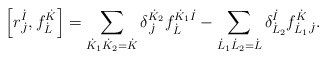
\begin{align*}\left[ r^{\dot{I}}_{\dot{J}}, f^{\dot{K}}_{\dot{L}} \right] = \sum_{\dot{K}_1 \dot{K}_2 = \dot{K}} \delta^{\dot{K}_2}_{\dot{J}} f^{\dot{K}_1 \dot{I}}_{\dot{L}} - \sum_{\dot{L}_1 \dot{L}_2 = \dot{L}} \delta^{\dot{I}}_{\dot{L}_2} f^{\dot{K}}_{\dot{L}_1 \dot{J}}.\end{align*}